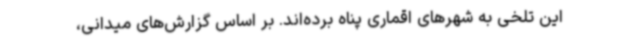
این تلخی به شهرهای اقماری پناه برده‌اند. بر اساس گزارش‌های میدانی،